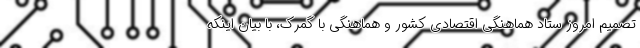
تصمیم امروز ستاد هماهنگی اقتصادی کشور و هماهنگی با گمرک، با بیان اینکه